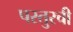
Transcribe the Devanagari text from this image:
परतुरची